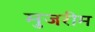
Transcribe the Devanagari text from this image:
मुजरीम